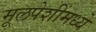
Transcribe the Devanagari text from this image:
मूलपेशींमध्ये